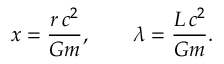
x = \frac { r \, c ^ { 2 } } { G m } , \qquad \lambda = \frac { L \, c ^ { 2 } } { G m } .